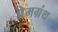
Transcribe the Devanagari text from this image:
प्रेमग्रंथ